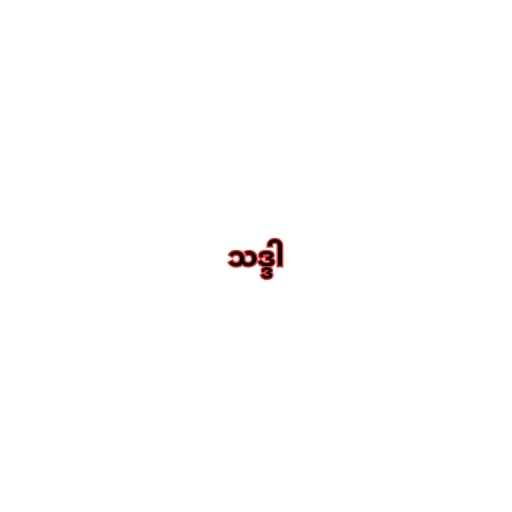
သဒ္ဒါ